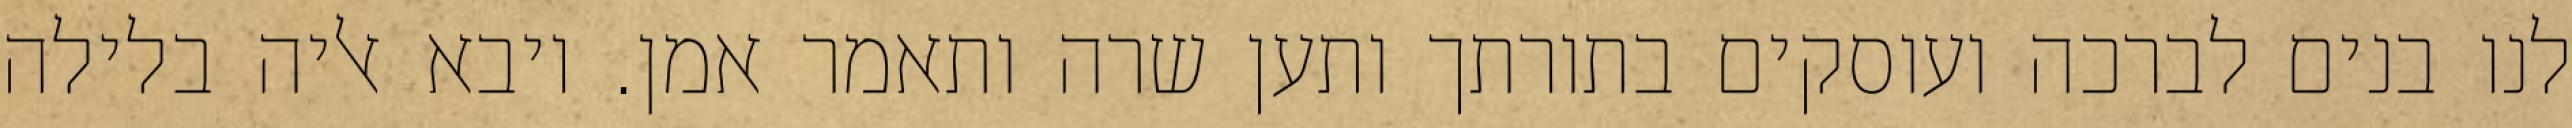
לנו בנים לברכה ועוסקים בתורתך ותען שרה ותאמר אמן. ויבא אליה בלילה